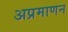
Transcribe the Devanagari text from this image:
अप्रमाणन